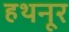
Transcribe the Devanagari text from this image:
हथनूर